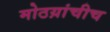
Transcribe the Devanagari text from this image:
मोठय़ांचीच